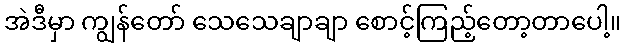
အဲဒီမှာ ကျွန်တော် သေသေချာချာ စောင့်ကြည့်တော့တာပေါ့။